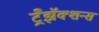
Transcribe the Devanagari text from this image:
ट्रँझॅक्शन्स